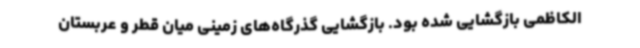
الکاظمی بازگشایی شده بود. بازگشایی گذرگاه‌های زمینی میان قطر و عربستان